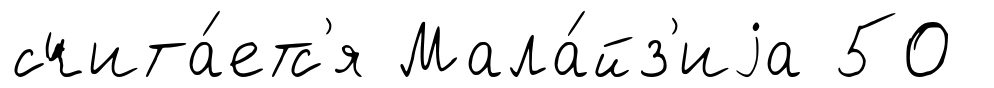
счита́етс'я Мала́йз'иjа 50